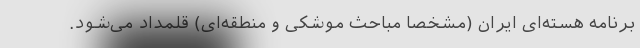
برنامه هسته‌ای ایران (مشخصاً مباحث موشکی و منطقه‌ای) قلمداد می‌شود.